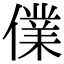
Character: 㒒